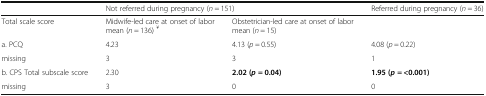
|  | <COLSPAN=2> Not referred during pregnancy (n = 151) | Referred during pregnancy (n = 36) |
 | --- | --- | --- | --- |
 | Total scale score | Midwife-led care at onset of labor mean (n = 136) ¥ | Obstetrician-led care at onset of labor mean (n = 15) |  |
 | a. PCQ | 4.23 | 4.13 (p = 0.55) | 4.08 (p = 0.22) |
 | missing | 3 | 3 | 1 |
 | b. CPS Total subscale score | 2.30 | 2.02 (p = 0.04) | 1.95 (p = <0.001) |
 | missing | 3 | 0 | 0 |